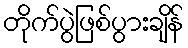
တိုက်ပွဲဖြစ်ပွားချိန်